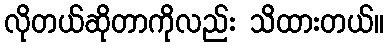
လိုတယ်ဆိုတာကိုလည်း သိထားတယ်။